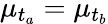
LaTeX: \mu_{t_{a}}=\mu_{t_{b}}